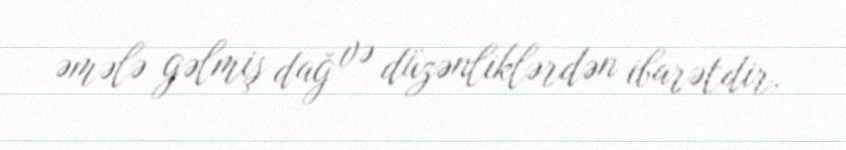
əmələ gəlmiş dağ və düzənliklərdən ibarətdir.